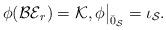
LaTeX: \begin{align*}\phi(\mathcal{BE}_{r}) = \mathcal{K}, \phi\big|_{\bar{0}_{\mathcal{S}}}=\iota_{\mathcal{S}}.\end{align*}